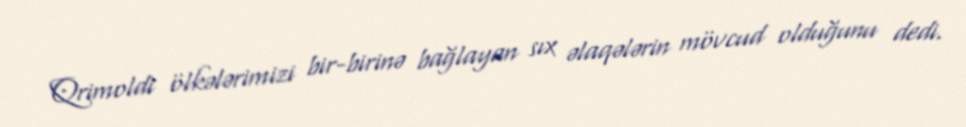
Qrimoldi ölkələrimizi bir-birinə bağlayan sıx əlaqələrin mövcud olduğunu dedi.